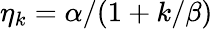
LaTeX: \eta_{k}=\alpha/(1+k/\beta)